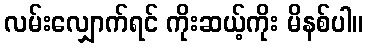
လမ်းလျှောက်ရင် ကိုးဆယ့်ကိုး မိနစ်ပါ။